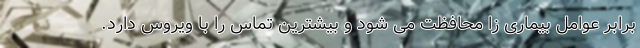
برابر عوامل بیماری زا محافظت می شود و بیشترین تماس را با ویروس دارد.